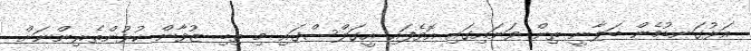
އަޅުގަނޑުމެން ބަލާނީ ތިން ވަނައިގައި އޮވެފައި އީގަލްސްގައި މި ތިބި ޒުވާން ކުޅުންތެރިންނަށް